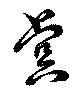
虞